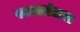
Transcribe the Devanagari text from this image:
स्वतातंत्रता